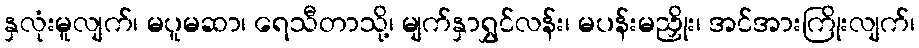
နှလုံးမူလျက်၊ မပူမဆာ၊ ရေသီတာသို့၊ မျက်နှာရွှင်လန်း၊ မပန်းမညှိုး၊ အင်အားကြိုးလျက်၊